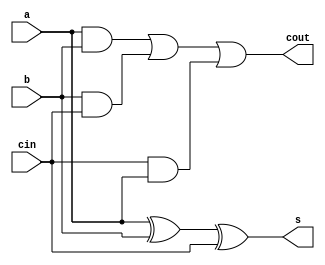
module fulladder(a,b,cin,s,cout);
input a,b,cin;
output s,cout;
assign s=(a^b)^cin;
assign cout = a&b|b&cin|cin&a;
endmodule